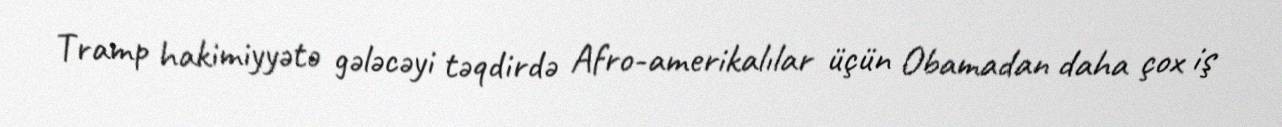
Tramp hakimiyyətə gələcəyi təqdirdə Afro-amerikalılar üçün Obamadan daha çox iş